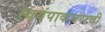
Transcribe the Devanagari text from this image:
स्वयंपाकघराची